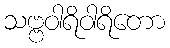
သဗ္ဗဝါရိဝါရိတော